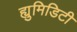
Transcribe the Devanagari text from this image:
ह्युमिडिटी